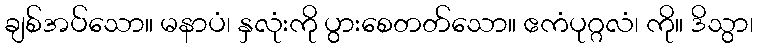
ချစ်အပ်သော။ မနာပံ၊ နှလုံးကို ပွားစေတတ်သော။ ဧကံပုဂ္ဂလံ၊ ကို။ ဒိသွာ၊